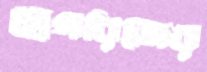
গ্রেগরিজের